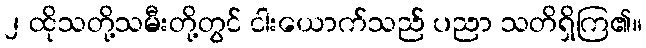
၂ ထိုသတို့သမီးတို့တွင် ငါးယောက်သည် ပညာ သတိရှိကြ၏။